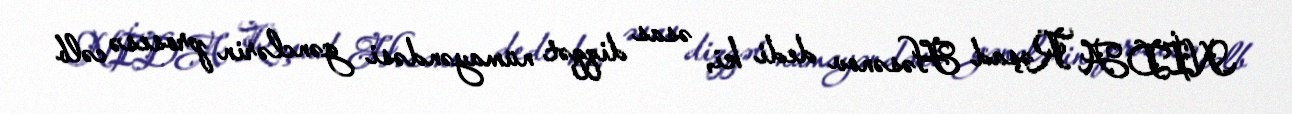
NİDA Rəşad Həsənov dedi ki, əsas diqqət nümayəndəsi gənclərin prosesə cəlb